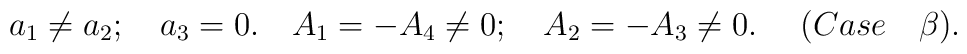
a_1 \neq a_2; ~~~a_3 = 0. ~~~A_1 = - A_4 \neq 0; ~~~A_2 = - A_3 \neq 0. ~~~~(Case ~~~\beta).